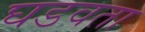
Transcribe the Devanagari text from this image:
घडवता